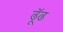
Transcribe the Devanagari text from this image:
ढूॅढ